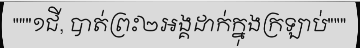
"""១ជី, បាត់ព្រះ២អង្គដាក់ក្នុងក្រឡាប់"""